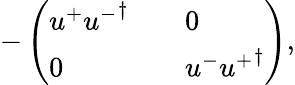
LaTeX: -\left(\begin{array}{lll}{{u^{+}{u^{-}}^{\dagger}}}&{{}}&{{0}}\\ {{0}}&{{}}&{{u^{-}{u^{+}}^{\dagger}}}\end{array}\right),